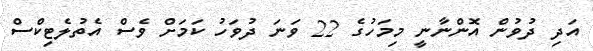
އަދި ދުވުން އޮންނާނީ މިމަހުގެ 22 ވަނަ ދުވަހު ކަމަށް ވެސް އެތުލެޓިކްސް